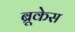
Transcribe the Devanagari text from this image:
ब्रूकेस